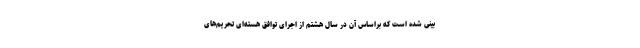
بینی شده است که براساس آن در سال هشتم از اجرای توافق هسته‌ای تحریم‌های